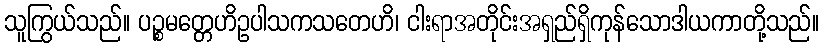
သူကြွယ်သည်။ ပဉ္စမတ္တေဟိဥပါသကသတေဟိ၊ ငါးရာအတိုင်းအရှည်ရှိကုန်သောဒါယကာတို့သည်။